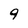
Character: 9